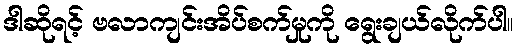
ဒါဆိုရင့် ဗလာကျင်းအိပ်စက်မှုကို ရွေးချယ်လိုက်ပါ။